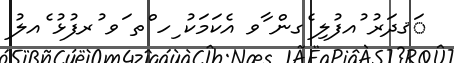
ަޤދަރު ުއފުލި ެގން ާވ އެކަމަކު ިހ ްތ ަވ ުރފުޅު ެއލު